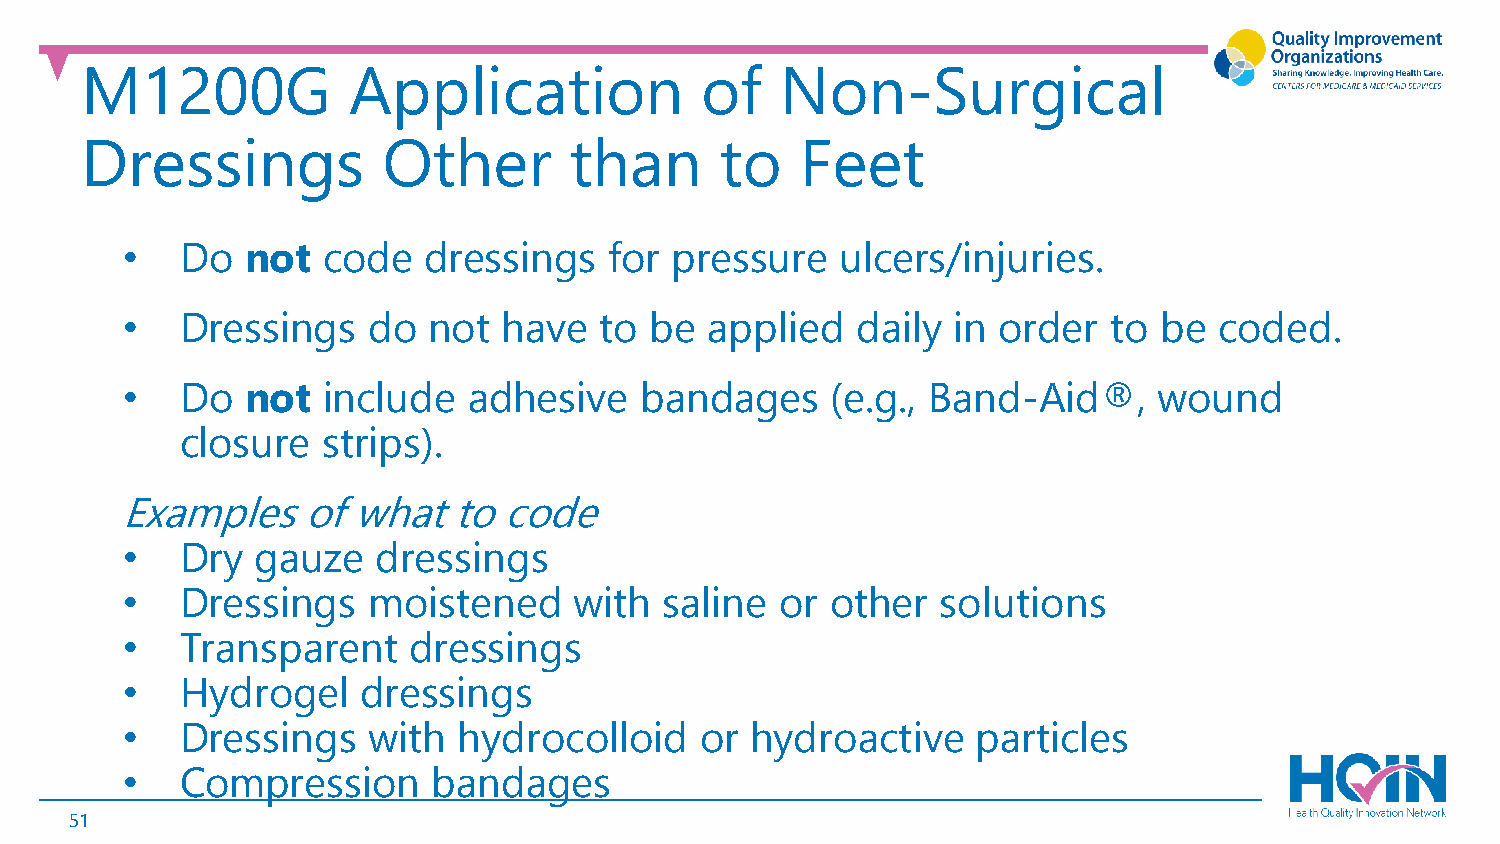
M1200G            Application            of    Non-Surgical
 Dressings           Other        than      to   Feet
 •   Do  not  code   dressings   for pressure    ulcers/injuries.
 •   Dressings   do  not  have   to be  applied   daily in order   to be  coded.
 •   Do  not  include   adhesive   bandages     (e.g., Band-Aid®,     wound
 closure  strips).
 Examples    of what   to code
 •   Dry  gauze   dressings
 •   Dressings   moistened     with  saline  or other  solutions
 •   Transparent    dressings
 •   Hydrogel    dressings
 •   Dressings   with  hydrocolloid    or  hydroactive    particles
 •   Compression      bandages
 51